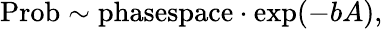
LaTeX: \mathrm{Prob}\sim\mathrm{phasespace}\cdot\exp(-bA),